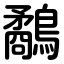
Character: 鷸